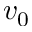
v _ { 0 }